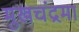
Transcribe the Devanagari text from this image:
मुखचंद्रमा